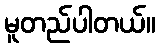
မူတည်ပါတယ်။